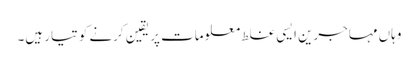
وہاں مہاجرین ایسی غلط معلومات پر یقین کرنے کو تیار ہیں۔